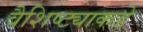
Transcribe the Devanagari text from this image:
वैशिष्ट्याकडे